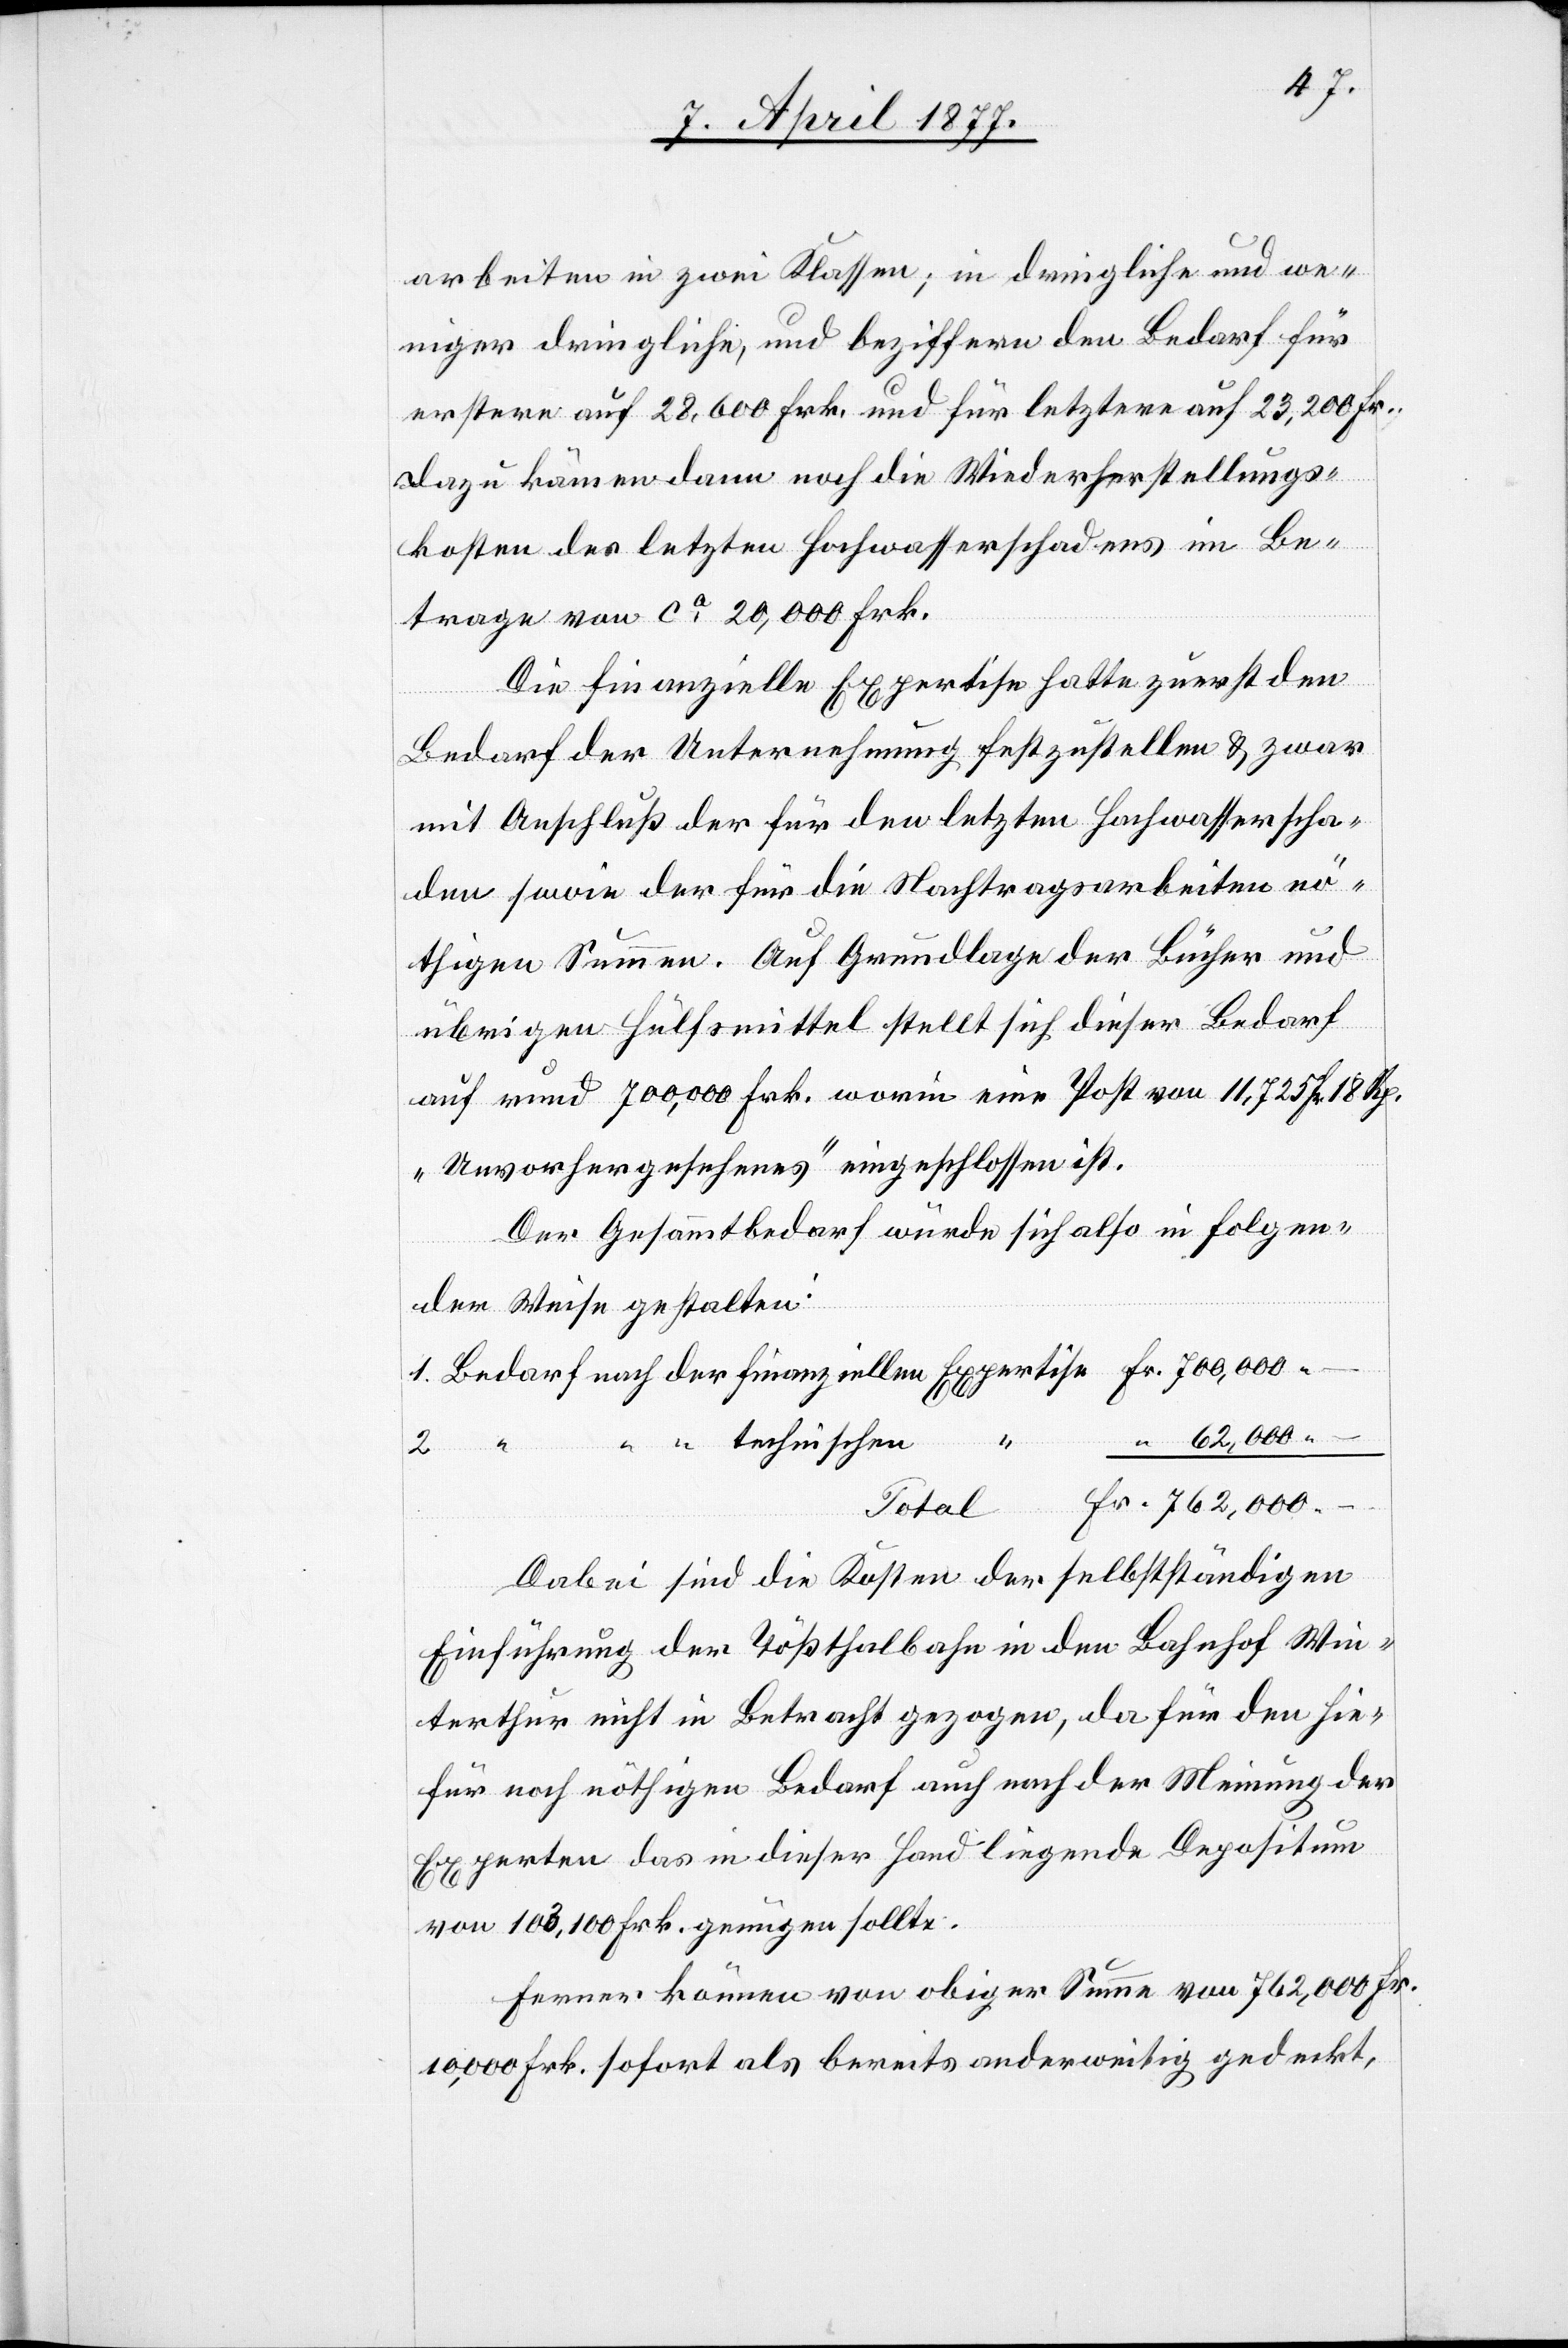
arbeiten in zwei Klassen; in dringliche und we¬
niger dringliche, und beziffern den Bedarf für
erstere auf 28,600 Frk. und für letztere auf 23,200 Fr.
Dazu kämen dann noch die Wiederherstellungs¬
kosten des letzten Hochwasserschadens im Be¬
trage von ca 20,000 Frk.
Die finanzielle Expertise hatte zuerst den
Bedarf der Unternehmung festzustellen & zwar
mit Anschluß der für den letzten Hochwasserscha¬
den sowie der für die Nachtragsarbeiten nö¬
thigen Summen. Auf Grundlage der Bücher und
übrigen Hülfsmittel stellt sich dieser Bedarf
auf rund 700,000 Frk. worin eine Post von 11,725 Fr. 18 Rp.
„Unvorhergesehenes“ eingeschlossen ist.
Der Gesammtbedarf würde sich also in folgen¬
der Weise gestalten:
762,000 –
technischen
finanziellen
2.
Fr.
Total
Dabei sind die Kosten der selbstständigen
Einführung der Tößthalbahn in den Bahnhof Win¬
terthur nicht in Betracht gezogen, da für den hie¬
für noch nöthigen Bedarf auch nach der Meinung der
Experten das in dieser Hand liegende Depositum
von 103,100 Frk. genügen sollte.
Ferner können von obiger Summe von 762,000 Fr.
10,000 Frk. sofort als bereits anderweitig gedeckt,